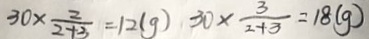
3 0 \times \frac { 2 } { 2 + 3 } = 1 2 ( g ) 3 0 \times \frac { 3 } { 2 + 3 } = 1 8 ( g )